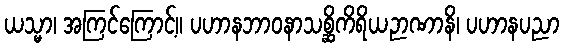
ယသ္မာ၊ အကြင်ကြောင့်။ ပဟာနဘာဝနာသစ္ဆိကိရိယဉာဏာနိ၊ ပဟာနပညာ